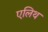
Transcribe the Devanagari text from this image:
एलिथ